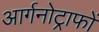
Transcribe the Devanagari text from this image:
आर्गनोट्राफों